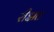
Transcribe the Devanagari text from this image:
रीझत